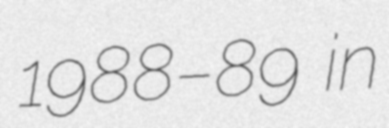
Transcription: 1988–89 in